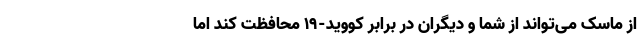
از ماسک می‌تواند از شما و دیگران در برابر کووید-۱۹ محافظت کند اما